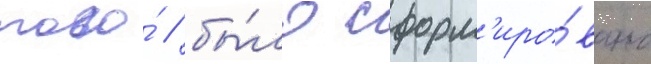
того́ / бы́ло сформ'иро́вано